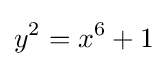
y^{2}=x^{6}+1